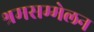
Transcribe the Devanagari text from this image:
श्रमसम्मेलन